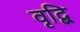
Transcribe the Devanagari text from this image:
वृद्बि